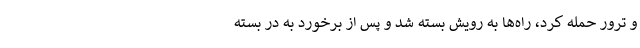
و ترور حمله کرد، راه‌ها به رویش بسته شد و پس از برخورد به در بسته